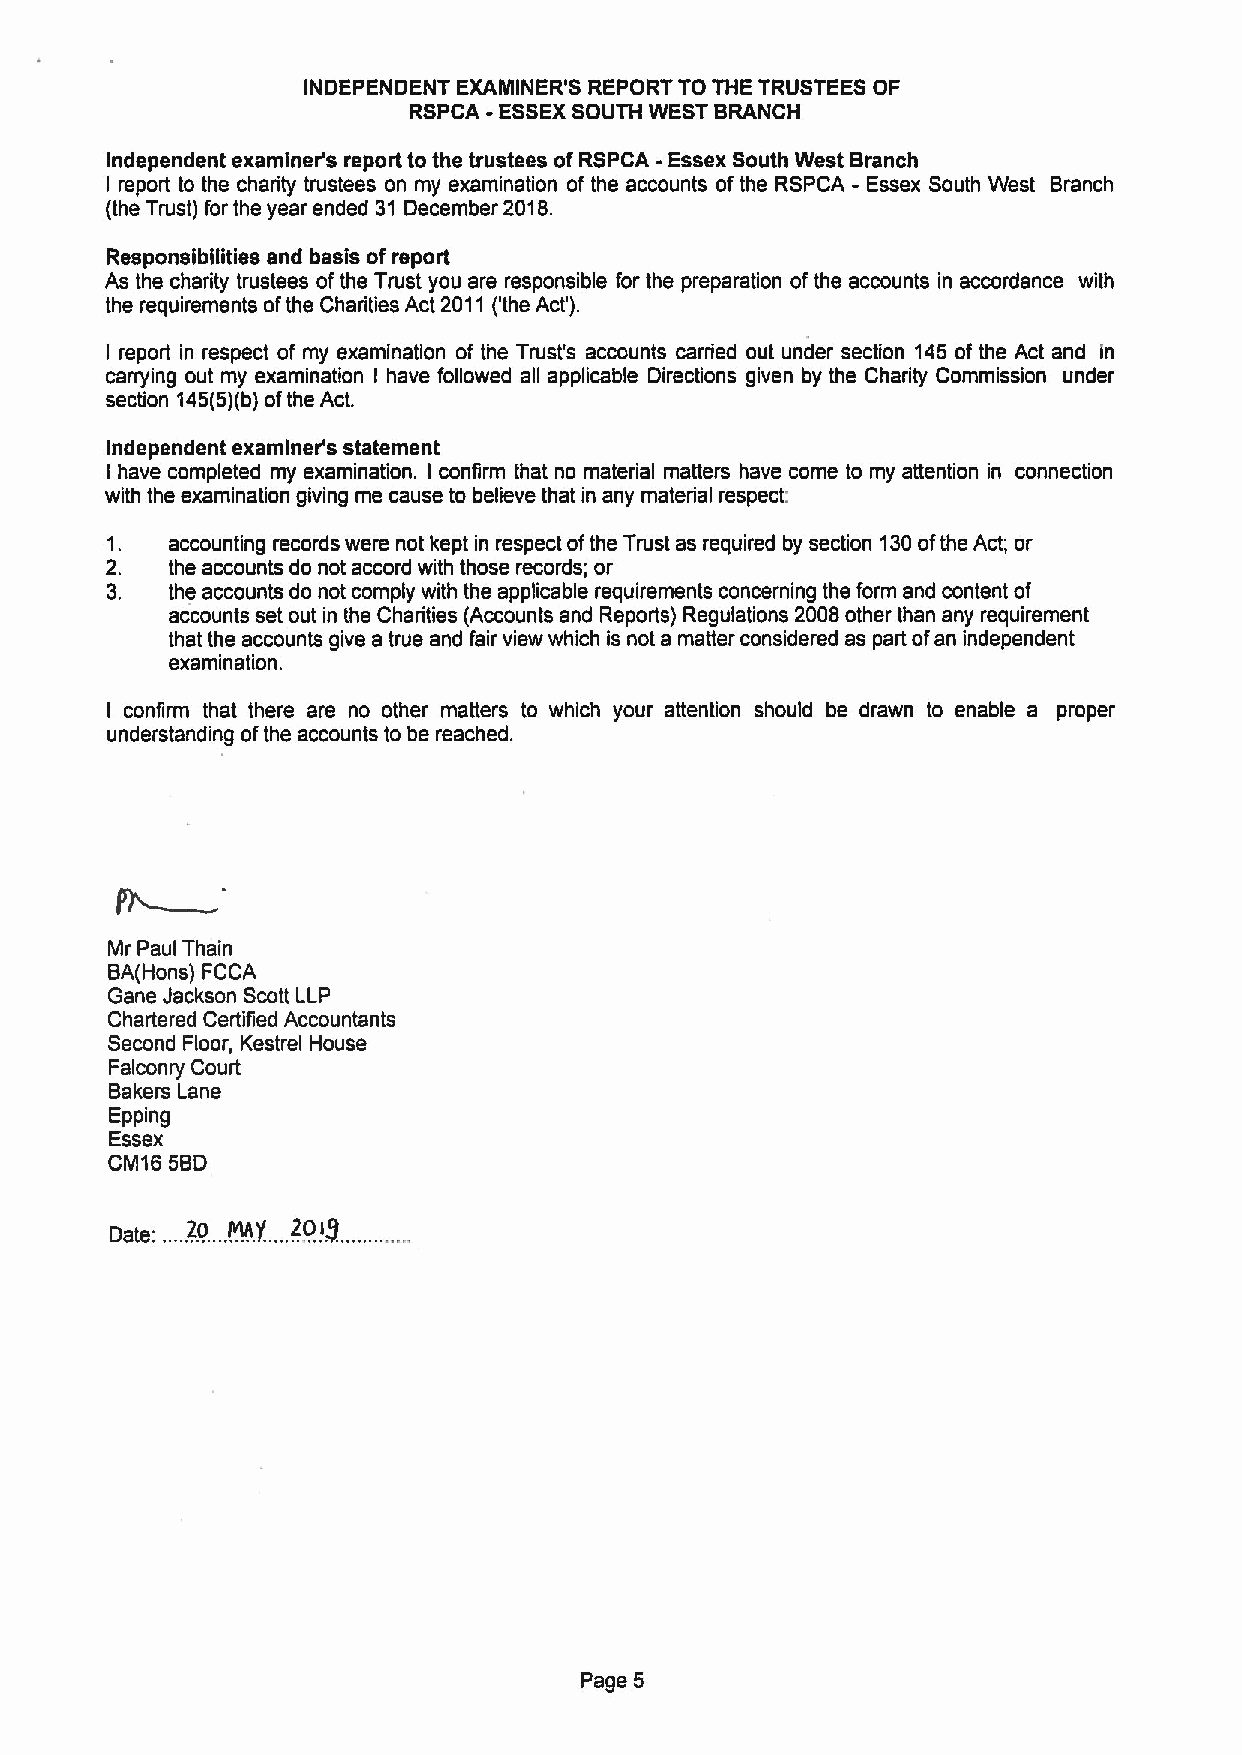
INDEPENDENT EXAMINER'8 REPORT TO THE TRUSTEES OF
 RSPCA -ESSEXSOUTH WEST BRANCH
 Independent examiner's report to the trustees ofRSPCA -Essex South West Branch
 I report to the charity trustees on my examination of the accounts ofthe RSPCA - Essex South West Branch
 (the Trust) for the year ended 31 December 2018.
 Responsibilities and basis ofreport
 As the charity trustees ofthe Trust you are responsible for the preparation ofthe accounts in accordance with
 the requirements ofthe Charities Act 2011 ('the Act').
 I report in respect of my examination of the Trust's accounts carried out under section 145 of the Act and in
 carping out my examination I have followed all applicable Directions given by the Charity Commission under
 section 145(5)(b)ofthe Act.
 Independent examiner's statement
 I have completed my examination. I confirm that no material matters have come to my attention in connection
 with the examination giving me cause to believe that in any material respect:
 1.  accounting records were not kept in respect ofthe Trust as required by section 130ofthe Act; or
 2.  the accounts do not accord with those records; or
 3.  the accounts do not comply with the applicable requirements concerning the form and content of
 accounts set out in the Charities (Accounts and Reports) Regulations 2008other than any requirement
 that the accounts give a true and fair view which is not a matter considered as part ofan independent
 examination.
 I confirm that there are no other matters to which your attention should be drawn to enable a proper
 understanding ofthe accounts to be reached.
 Mr Paul Thain
 BA(Hons) FCCA
 Gane Jackson Scott LLP
 Chartered Certified Accountants
 Second Floor, Kestrel House
 Falconry Court
 Bakers Lane
 Epping
 Essex
 CM16 5BD
 Date:, 20 M(I)', 20ig
 Page 5